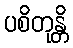
ပစိတုန္တိ